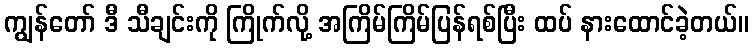
ကျွန်တော် ဒီ သီချင်းကို ကြိုက်လို့ အကြိမ်ကြိမ်ပြန်ရစ်ပြီး ထပ် နားထောင်ခဲ့တယ်။